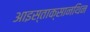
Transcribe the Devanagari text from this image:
आइस्ताक्सानथिन